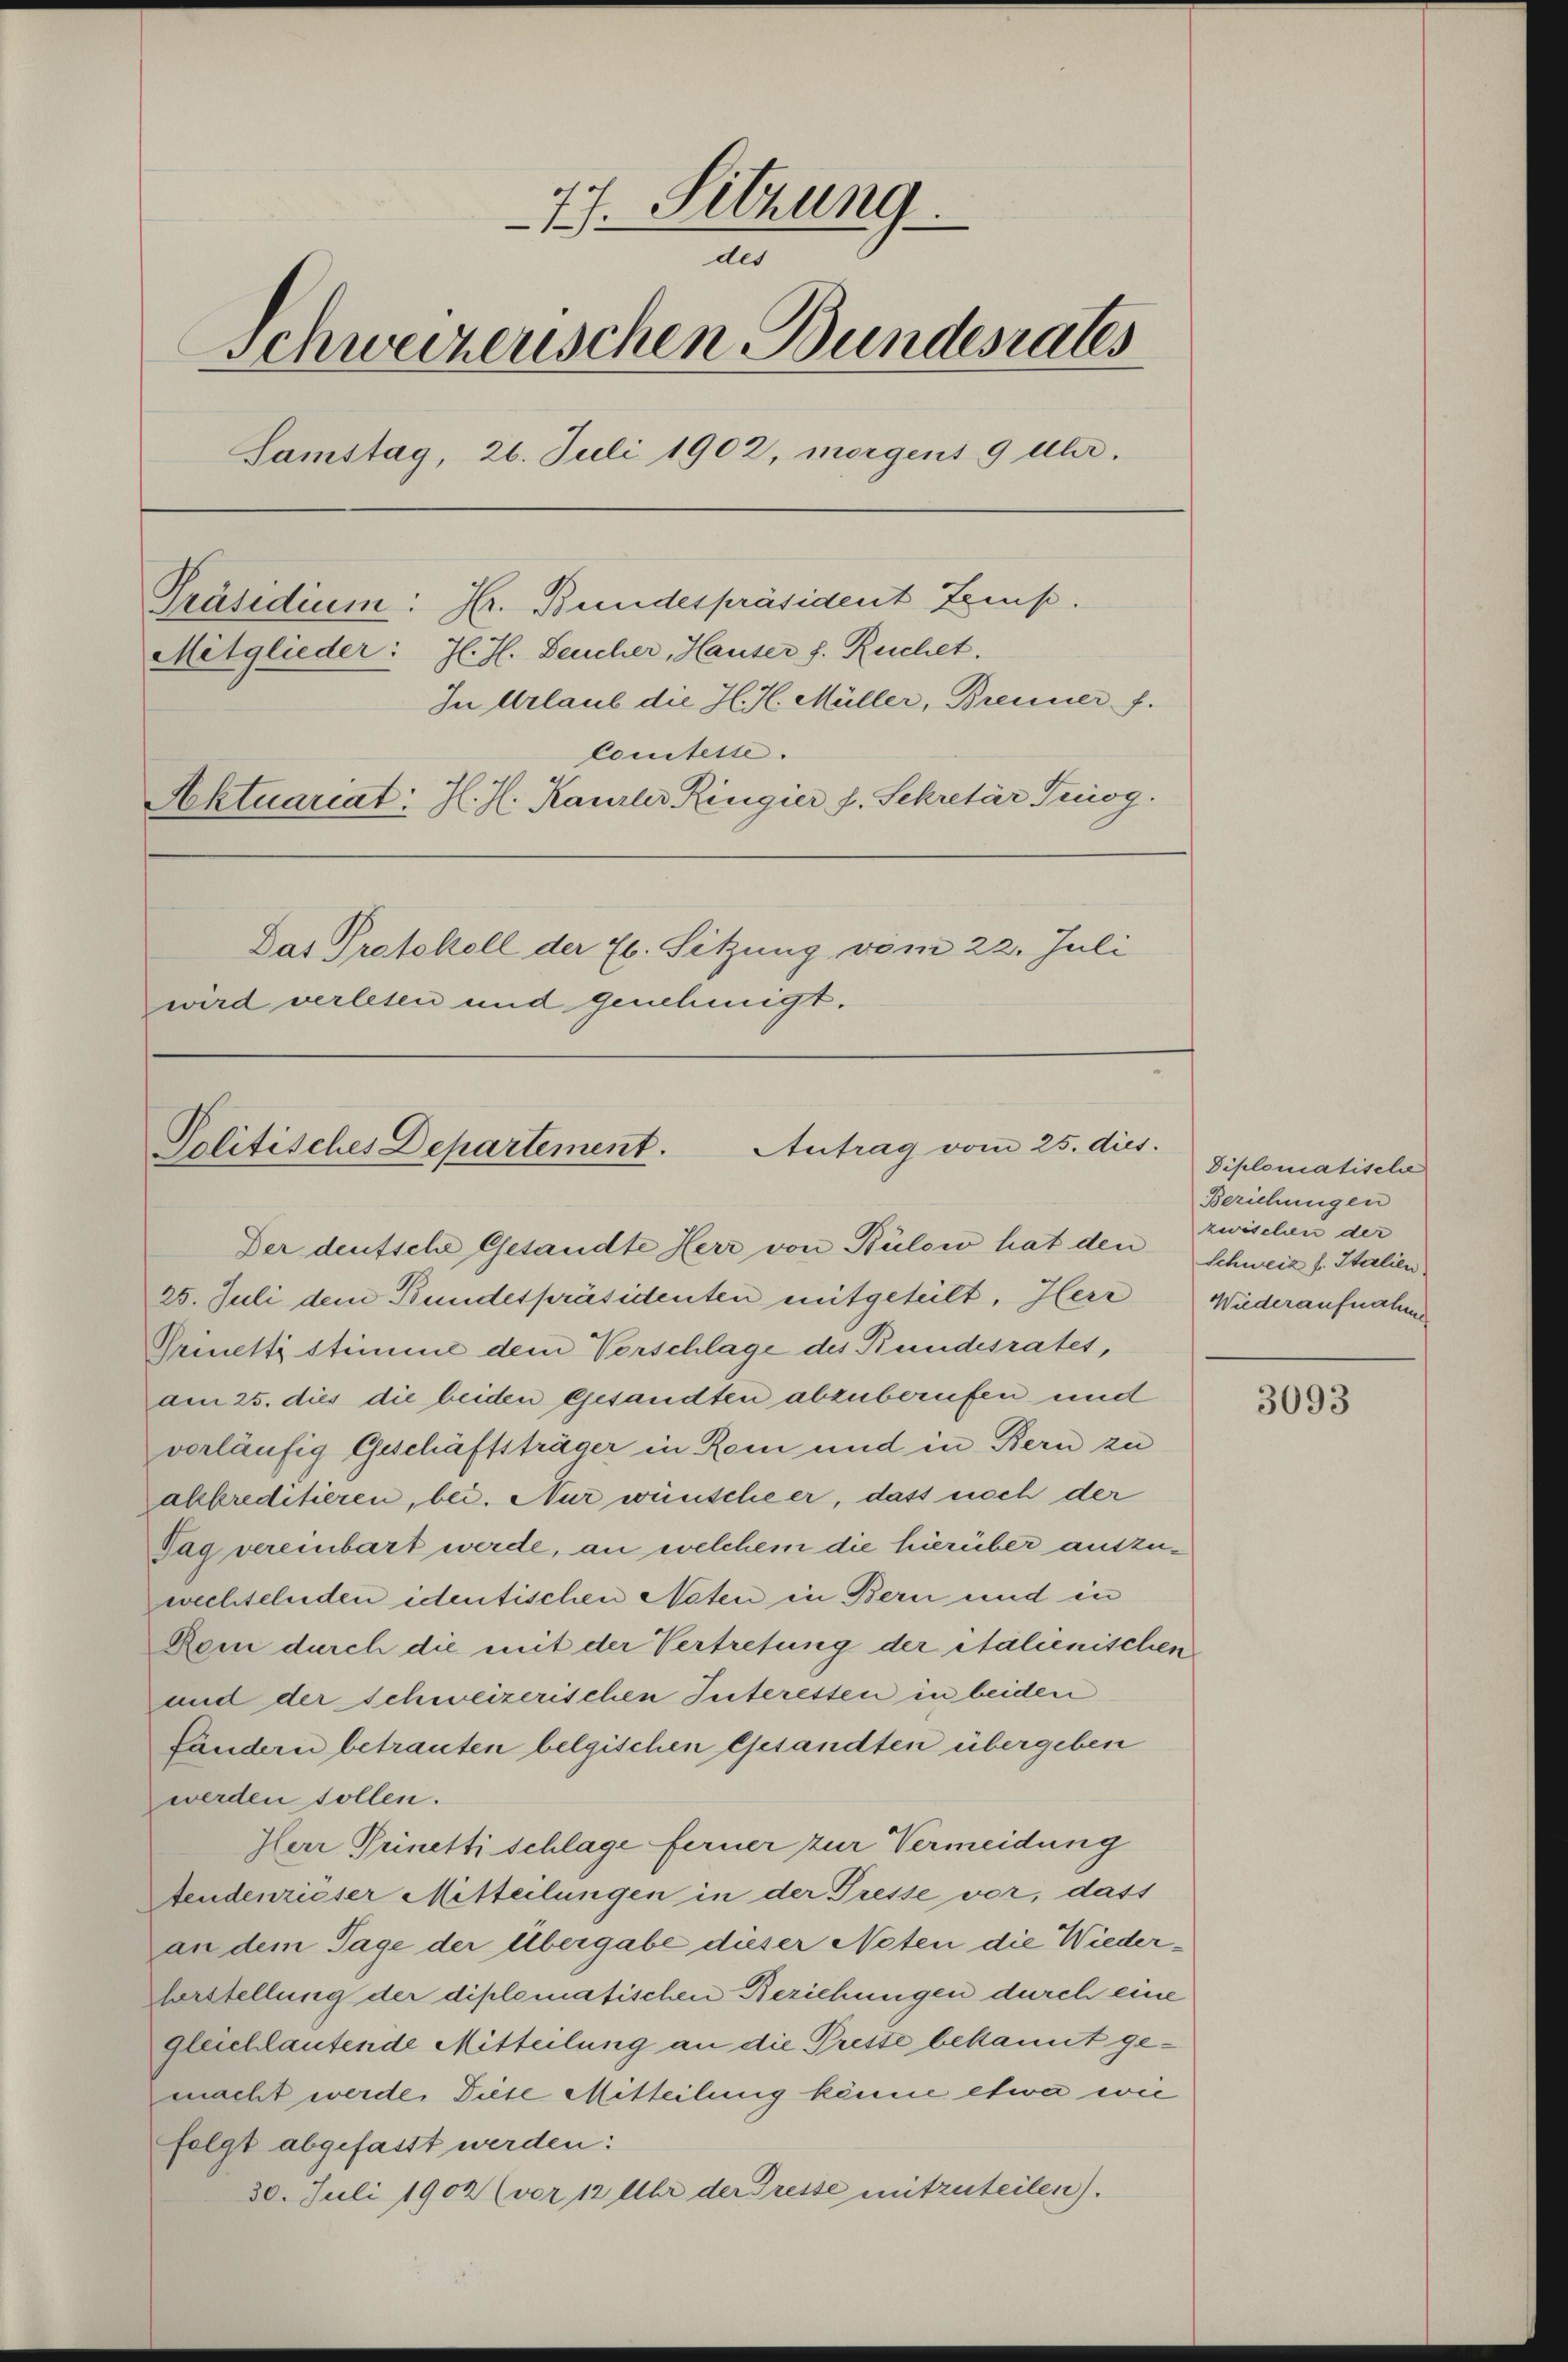
77. Sitzung.
des
Schweizerischen Bundesrates
Samstag, 26. Juli 1902, morgens 9 Uhr.
Präsidium: Hr. Bundespräsident tenus.
Mitglieder: J. J. Feucher, Hauser s. Ruchet.
In Urlaub die H. H. Müller, Brenner f.
Comitesse.
Aktuariat: J. J. Kanzler Ringier f. Sekretär Trog.
Das Protokoll der 76. Sitzung vom 22. Juli
wird verlesen und genehmigt.

Antrag vom 25. dies
Solitisches Departement.

Der deutsche Gesandte Herr von Bülow hat den Schweiz f. Italien
25. Juli dem Bundespräsidenten mitgeteilt, Herr
Grinetti stimme dem Vorschlage des Bundesrates,
am 25. dies die beiden Gesandten abzuberufen und
vorläufig Geschäftsträger in Rom und in Bern zu
alkreditieren, bei. Nur wünsche er, dass noch der
Tag vereinbart werde, an welchem die hierüber auszuwechselnden identischen Noten in Bern und in
Rom durch die mit der Vertretung der italienischen
und der schweizerischen Interessen in beiden
fändern betrauten belgischen Gesandten übergeben
werden sollen.
Herr Prinetti schlage ferner zur Vermeidung
Aendenrieser Mitteilungen in der Tresse vor, dass
an dem Tage der Übergabe dieser Noten die Wiederherstellung der diplomatischen Beziehungen durch eine
gleichlautende Mitteilung an die Preste bekannt gemacht werde. Diese Mitteilung könne etwa wie
folgt abgefasst werden:
30. Juli 1902 (vor 12 Uhr der Presse mitzuteilen).

Diplomatische
Beziehungen
zwischen der
Wiederaufnahme

3093